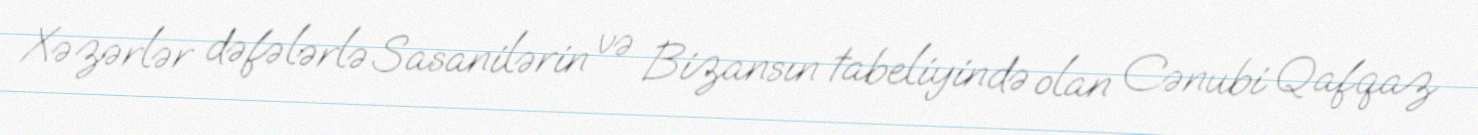
Xəzərlər dəfələrlə Sasanilərin və Bizansın tabeliyində olan Cənubi Qafqaz